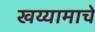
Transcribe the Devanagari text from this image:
खय्यामाचे